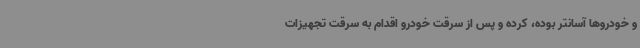
و خودروها آسانتر بوده، کرده و پس از سرقت خودرو اقدام به سرقت تجهیزات